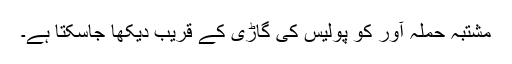
مشتبہ حملہ آور کو پولیس کی گاڑی کے قریب دیکھا جاسکتا ہے۔